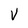
Character: V